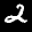
Label: 2